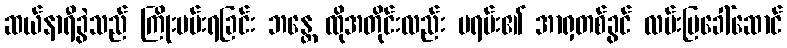
ဆယ်နာရီခွဲသည် ကြိုးပမ်းရခြင်း ဘန္တေ ထိုအတိုင်းလည်း ဗရမ်း၏ အာရှတစ်ခွင် လမ်းပြခေါ်ဆောင်